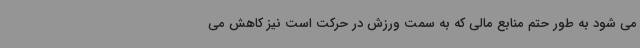
می شود به طور حتم منابع مالی که به سمت ورزش در حرکت است نیز کاهش می